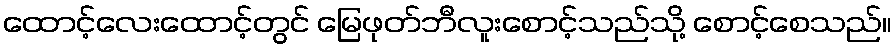
ထောင့်လေးထောင့်တွင် မြေဖုတ်ဘီလူးစောင့်သည်သို့ စောင့်စေသည်။